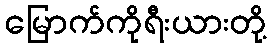
မြောက်ကိုရီးယားတို့